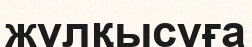
жұлқысуға